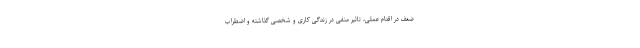
ضعف در اقدام عملی، تاثیر منفی در زندگی کاری و شخصی‌ گذاشته و اضطراب